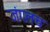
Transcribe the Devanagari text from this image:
जंगलच